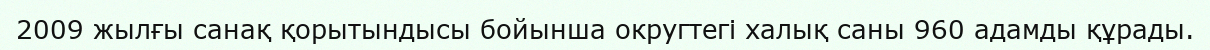
2009 жылғы санақ қорытындысы бойынша округтегі халық саны 960 адамды құрады.